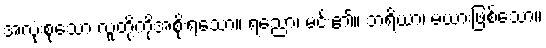
အလုံးစုံသော လူတို့ကိုအစိုးရသော။ ရညော၊ မင်း၏။ ဘရိယာ၊ မယားဖြစ်သော။